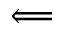
\Longleftarrow